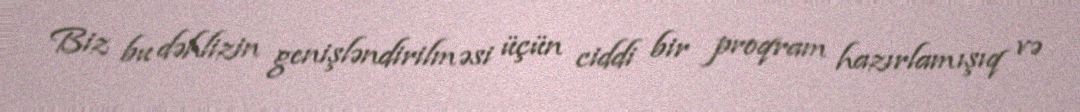
Biz bu dəhlizin genişləndirilməsi üçün ciddi bir proqram hazırlamışıq və